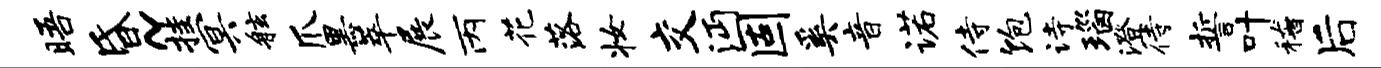
晤昏~挂冥舷爪黑萃展丙花落妆交沔固奚音诺侍饱诗瑙澄待誓叶稽后